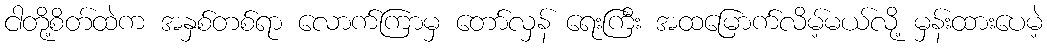
ငါတို့စိတ်ထဲက အနှစ်တစ်ရာ လောက်ကြာမှ တော်လှန် ရေးကြီး အထမြောက်လိမ့်မယ်လို့ မှန်းထားပေမဲ့